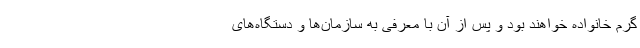
گرم خانواده خواهند بود و پس از آن با معرفی به سازمان‌ها و دستگاه‌های